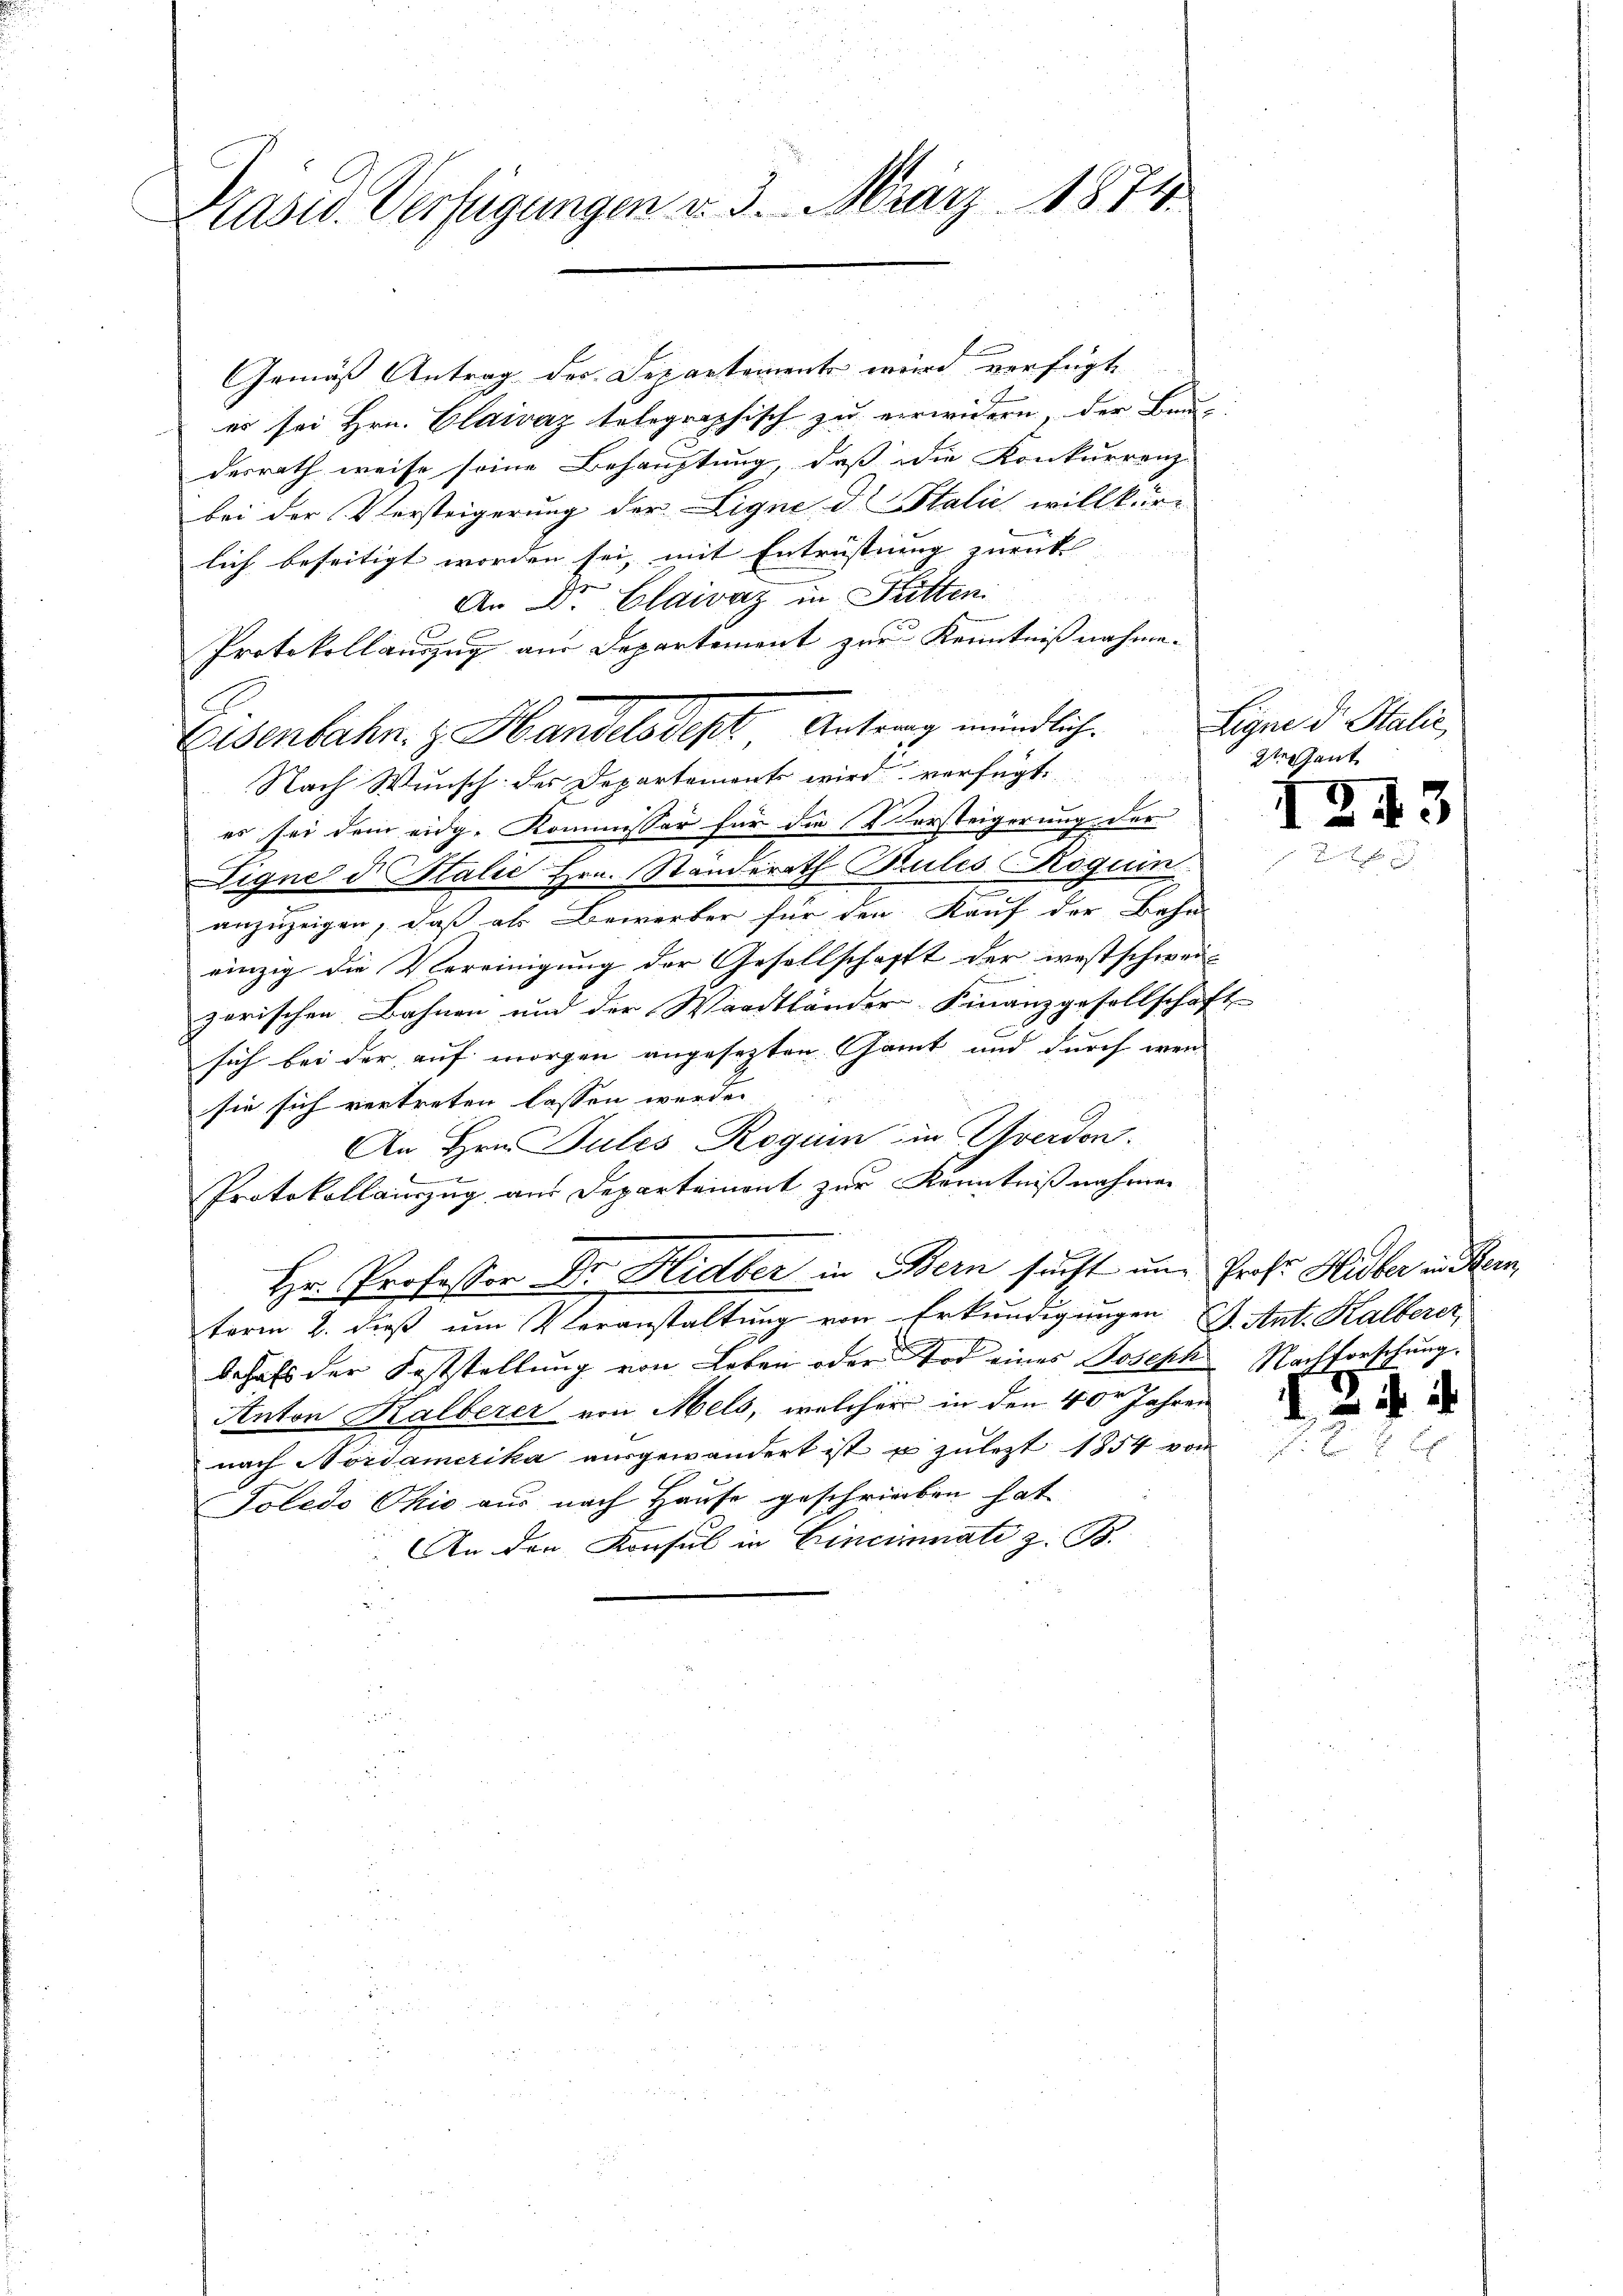
Präsid. Verfügungen v. 3. März 1874.

Gemäß Antrag der Departement wird verfügte
c
es sei Hrn. Claivaz telegraphisch zu verwidern, der Bau-
desrath weise seine Behauptung, daß die Konkurrenz-
bei der Versteigerung der Ligne d Italić willkür-
lich beseitigt worden sei, mit Entrüstung zurück |
An Dr. Clairaz in Futten.
Protokollauszug aus Departement zur Kenntnißnahme.
Nach Wunsch des Departement wird verfügt, 2 gant
es sei dem eidg. Kommissor für die Vorsteigerung der
Eigne d. Stalić Hrn. Ständerath Bules Roquin
anzuzeigen, daß als Bewerber für den Kauf der Bahn-
einzig die Vereinigung der Gesellschafft der westschwei-
zorischen Bahnen und der Waadtländer Finanzgesellschaft
sich bei der auf morgen angesezten Gant und durch wen
sie sich vertreten lassen werden.
An Hrn. Pules Regum in verdon.
Protokollauszug aus Departement zur Kenntnißnahmen
Hr. Professor Dr. Hidber in Bern sucht um Prof. Hidber in Bern
term 2. dieß um Veranstaltung von Erkundigungen J. Ant. Kalberer,
behalt der Feststellung von Leben oder Tod eines Joseph
2
Anton Kalberer von Mels, welcher in den 40r Jahren
nach Nordamerika ausgewandert ist u zulezt 1854 von
Toledo Ohio aus nach Hause geschrieben hat.
 An den Konsul in Cincinati z. B.

Eisenbahn. z. Handelsdept, Antrag mündlich.

Ligne d. Stalić,

124.

Nachforschung.

3

ich